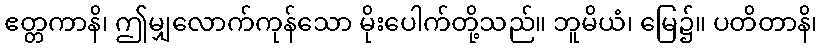
ဧတ္တကာနိ၊ ဤမျှလောက်ကုန်သော မိုးပေါက်တို့သည်။ ဘူမိယံ၊ မြေ၌။ ပတိတာနိ၊